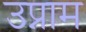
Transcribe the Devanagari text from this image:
उप्नाम